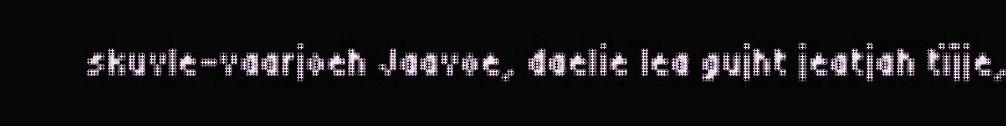
skuvle-vaarjoeh Jaavoe, daelie lea gujht jeatjah tïjje,